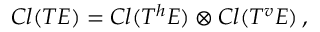
C l ( T E ) = C l ( T ^ { h } E ) \otimes C l ( T ^ { v } E ) \, ,